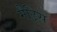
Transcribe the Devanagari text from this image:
मैट्रिस